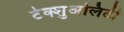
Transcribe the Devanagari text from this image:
टेक्शुअलिटी